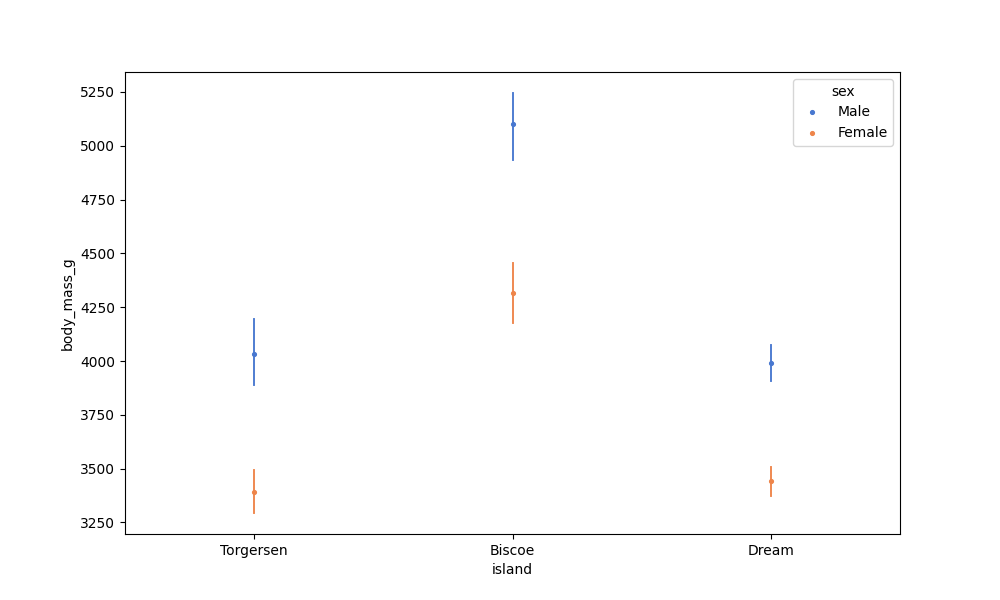
python, seaborn, pointplot, scale=0.5, join=False, hue='sex', palette='muted'